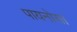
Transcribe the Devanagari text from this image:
पायनोसा